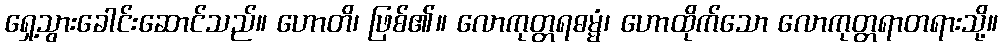
ရှေ့သွားခေါင်းဆောင်သည်။ ဟောတိ၊ ဖြစ်၏။ လောကုတ္တရဓမ္မံ၊ ဟောထိုက်သော လောကုတ္တရာတရားသို့။